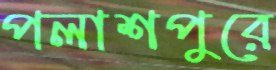
পলাশপুরে